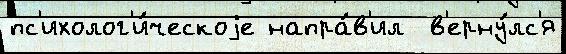
пс'ихолог'и́ческоjе напра́в'ил  в'ерну́лс'я